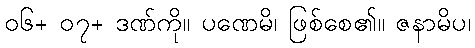
၀၆+ ၀၇+ ဒဏ်ကို။ ပဏေမိ၊ ဖြစ်စေ၏။ ဇနာမိပ၊